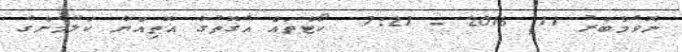
ނޮވެމްބަރު 11